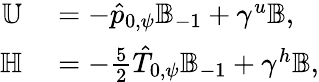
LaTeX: \begin{array}{rl}{\mathbb{U}}&{{}=-\hat{p}_{0,\psi}\mathbb{B}_{-1}+\gamma^{u}\mathbb{B},}\\ {\mathbb{H}}&{{}=-\frac{5}{2}\hat{T}_{0,\psi}\mathbb{B}_{-1}+\gamma^{h}\mathbb{B},}\end{array}